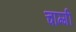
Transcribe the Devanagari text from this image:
चाम्गी